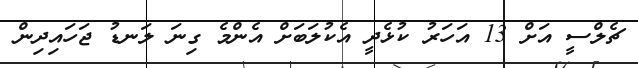
ޗެލްސީ އަށް 13 އަހަރު ކުޅެދީ އެކުލަބަށް އެންމެ ގިނަ ލަނޑު ޖަހައިދިން